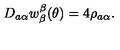
D _ { a \alpha } w _ { \beta } ^ { \beta } ( \theta ) = 4 \rho _ { a \alpha } .